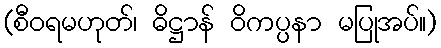
(စီဝရမဟုတ်၊ ဓိဋ္ဌာန် ဝိကပ္ပနာ မပြုအပ်။)